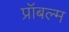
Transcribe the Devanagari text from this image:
प्रॉबल्म